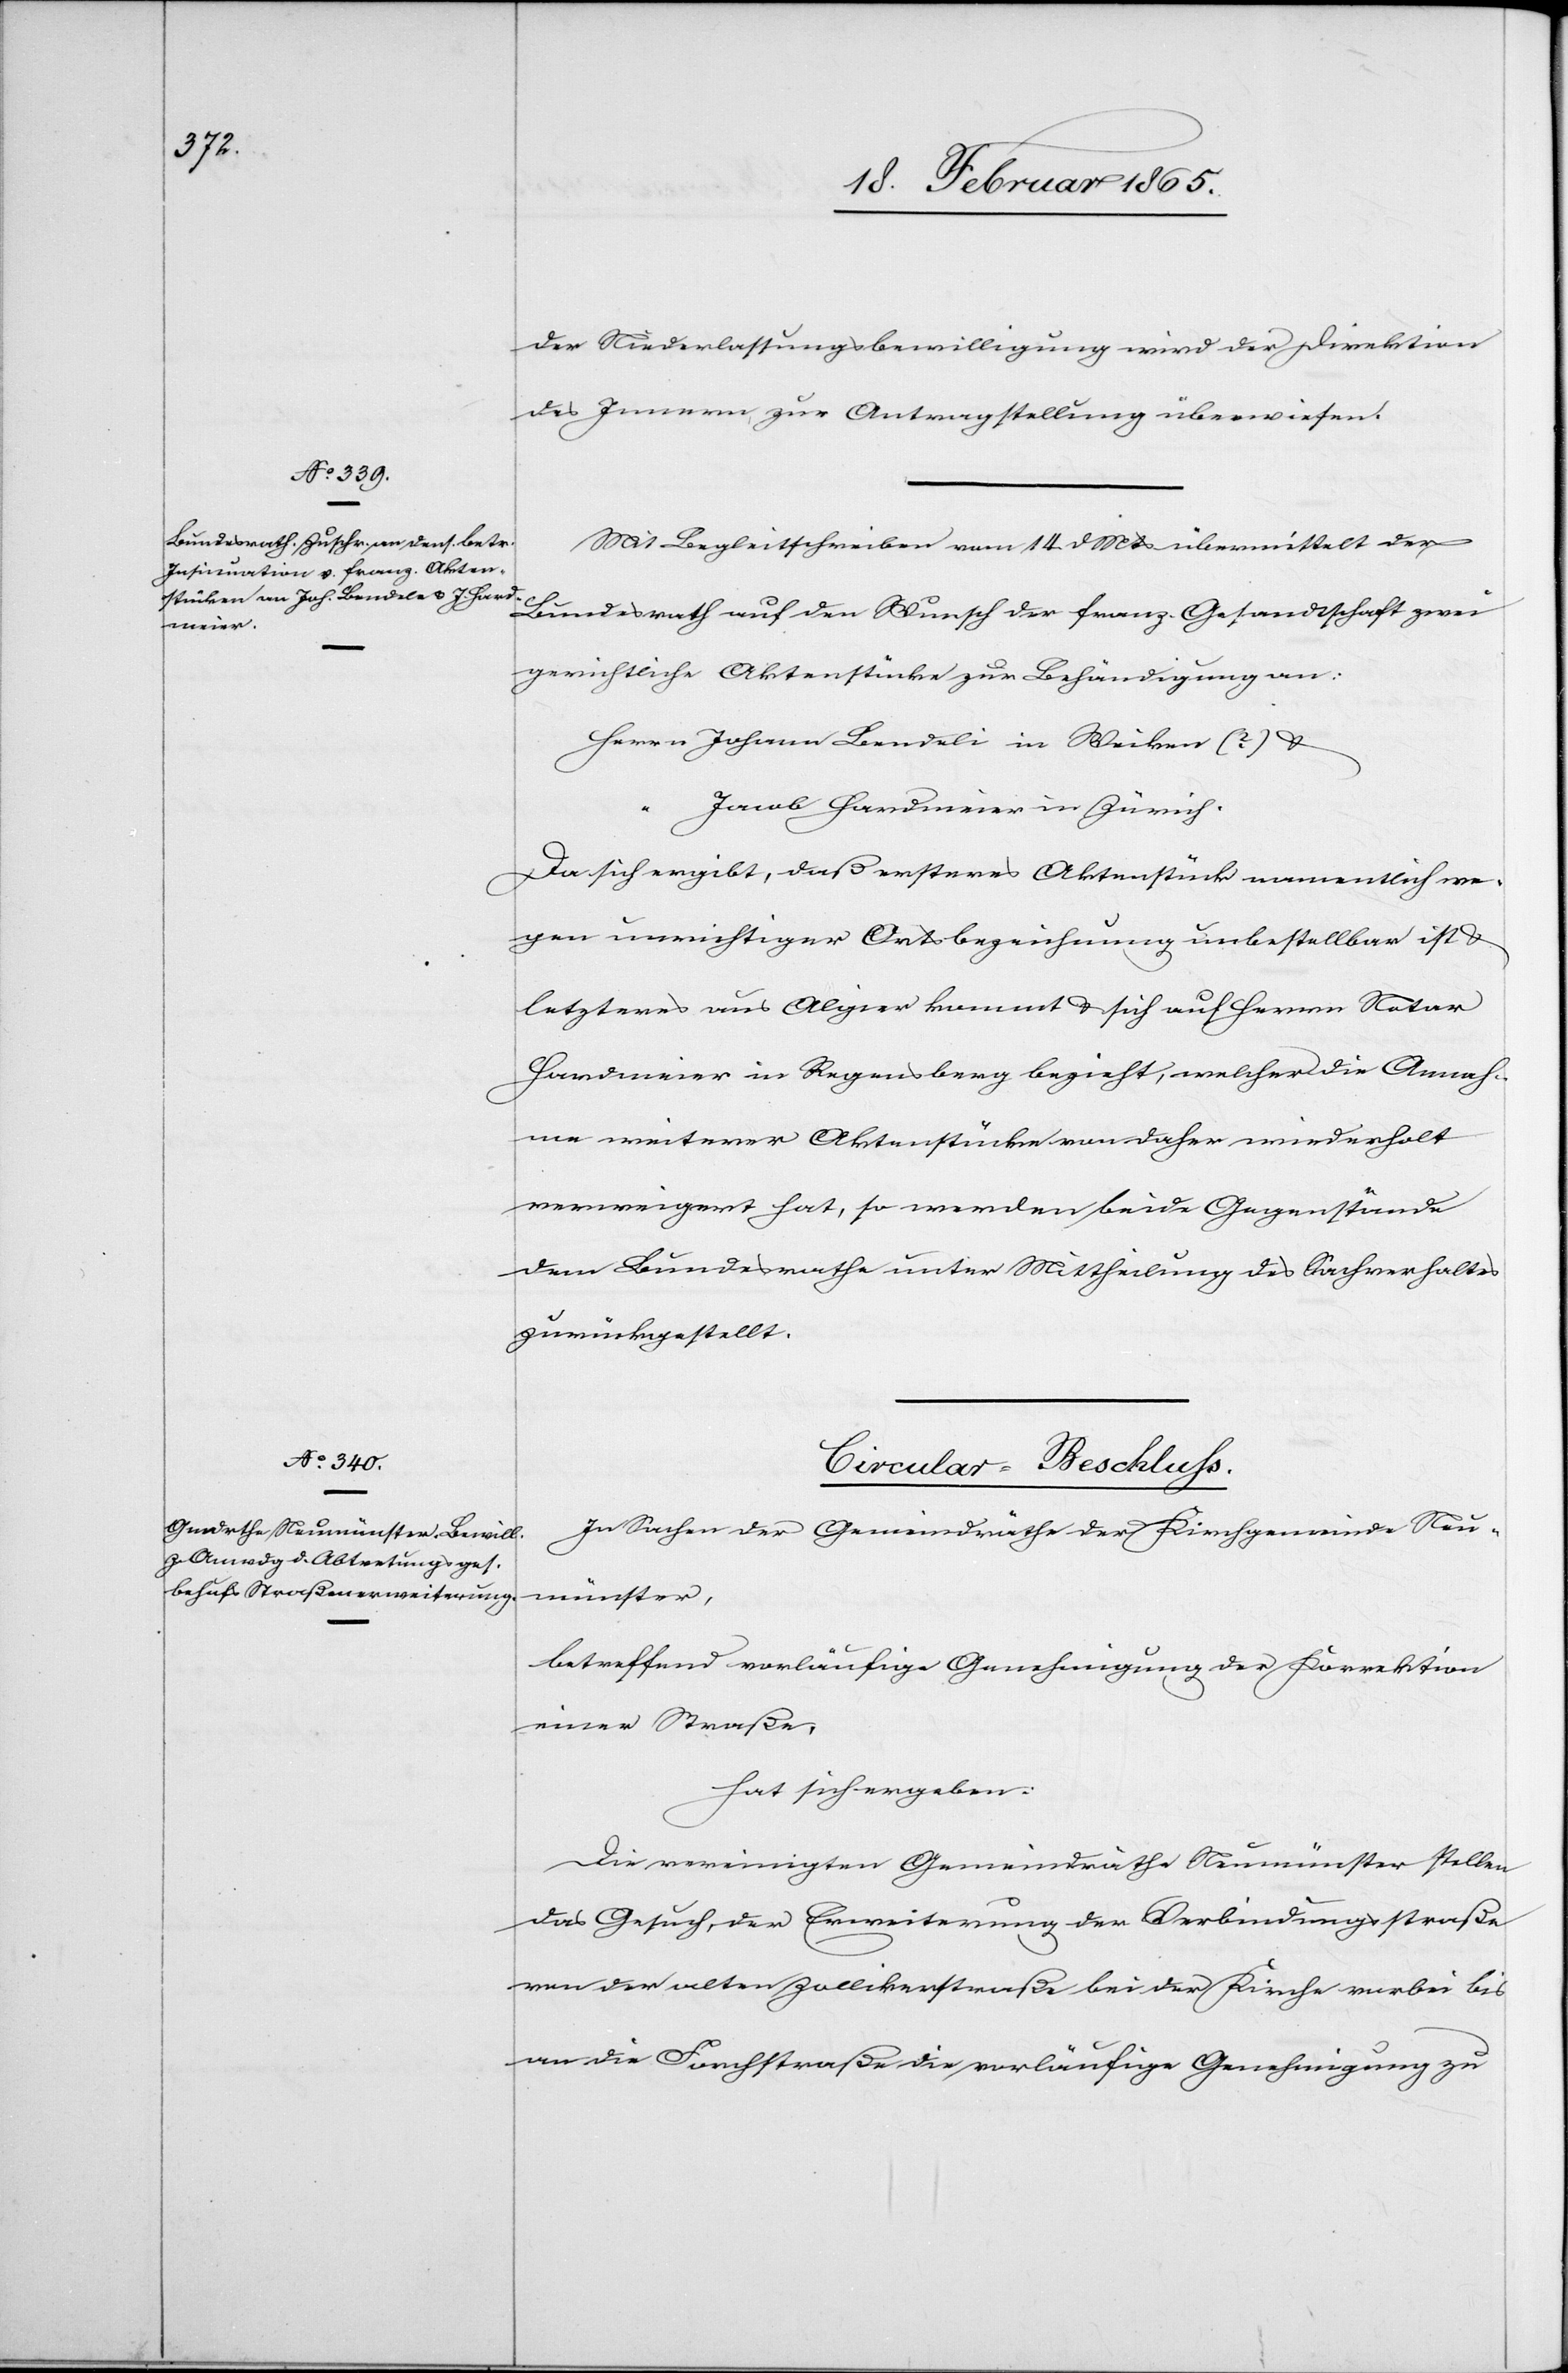
[21. Februar 1865.]
der Niederlassungsbewilligung wird der Direktion
des Innern zur Antragstellung überwiesen.
Mit Begleitschreiben vom 14. d Mts übermittelt der
Bundesrath auf den Wunsch der franz. Gesandtschaft zwei
gerichtliche Aktenstücke zur Behändigung an:
Herrn Johann Bendeli [sic!] in Weiken (?) u.
Jacob Hardmeier in Zürich.
Da sich ergibt, daß ersteres Aktenstück namentlich we¬
gen unrichtiger Ortsbezeichnung unbestellbar ist u.
letzteres aus Algier kommt u. sich auf Herrn Notar
Hardmeier in Regensberg bezieht, welcher die Annah¬
me weiterer Aktenstücke von daher wiederholt
verweigert hat, so werden beide Gegenstände
dem Bundesrathe unter Mittheilung des Sachverhaltes
zurückgestellt.
Circular-Beschluss.
In Sachen der Gemeindräthe der Kirchgemeinde Neu¬
münster,
betreffend vorläufige Genehmigung der Korrektion
einer Straße,
hat sich ergeben:
Die vereinigten Gemeindräthe Neumünster stellen
das Gesuch, der Erweiterung der Verbindungsstraße
von der alten Zollikerstraße bei der Kirche vorbei bis
an die Forchstraße die vorläufige Genehmigung zu